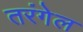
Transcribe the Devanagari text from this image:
तरंगेल